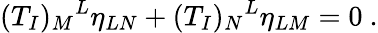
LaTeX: (T_{I})_{M}{}^{L}\eta_{LN}+(T_{I})_{N}{}^{L}\eta_{LM}=0~.